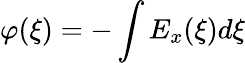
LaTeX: \varphi(\xi)=-\int E_{x}(\xi)d\xi